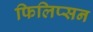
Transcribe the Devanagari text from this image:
फिलिप्सन